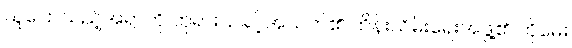
သူပြောသည့်အရာကို ဘုရားသခင့်အသက်၏ ထိန်းသိမ်းရေးအဖွဲ့၏ ကိုမေး